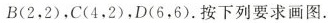
B(2，2)，C(4，2)，D(6，6)。按下列要求画图.